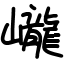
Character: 巄